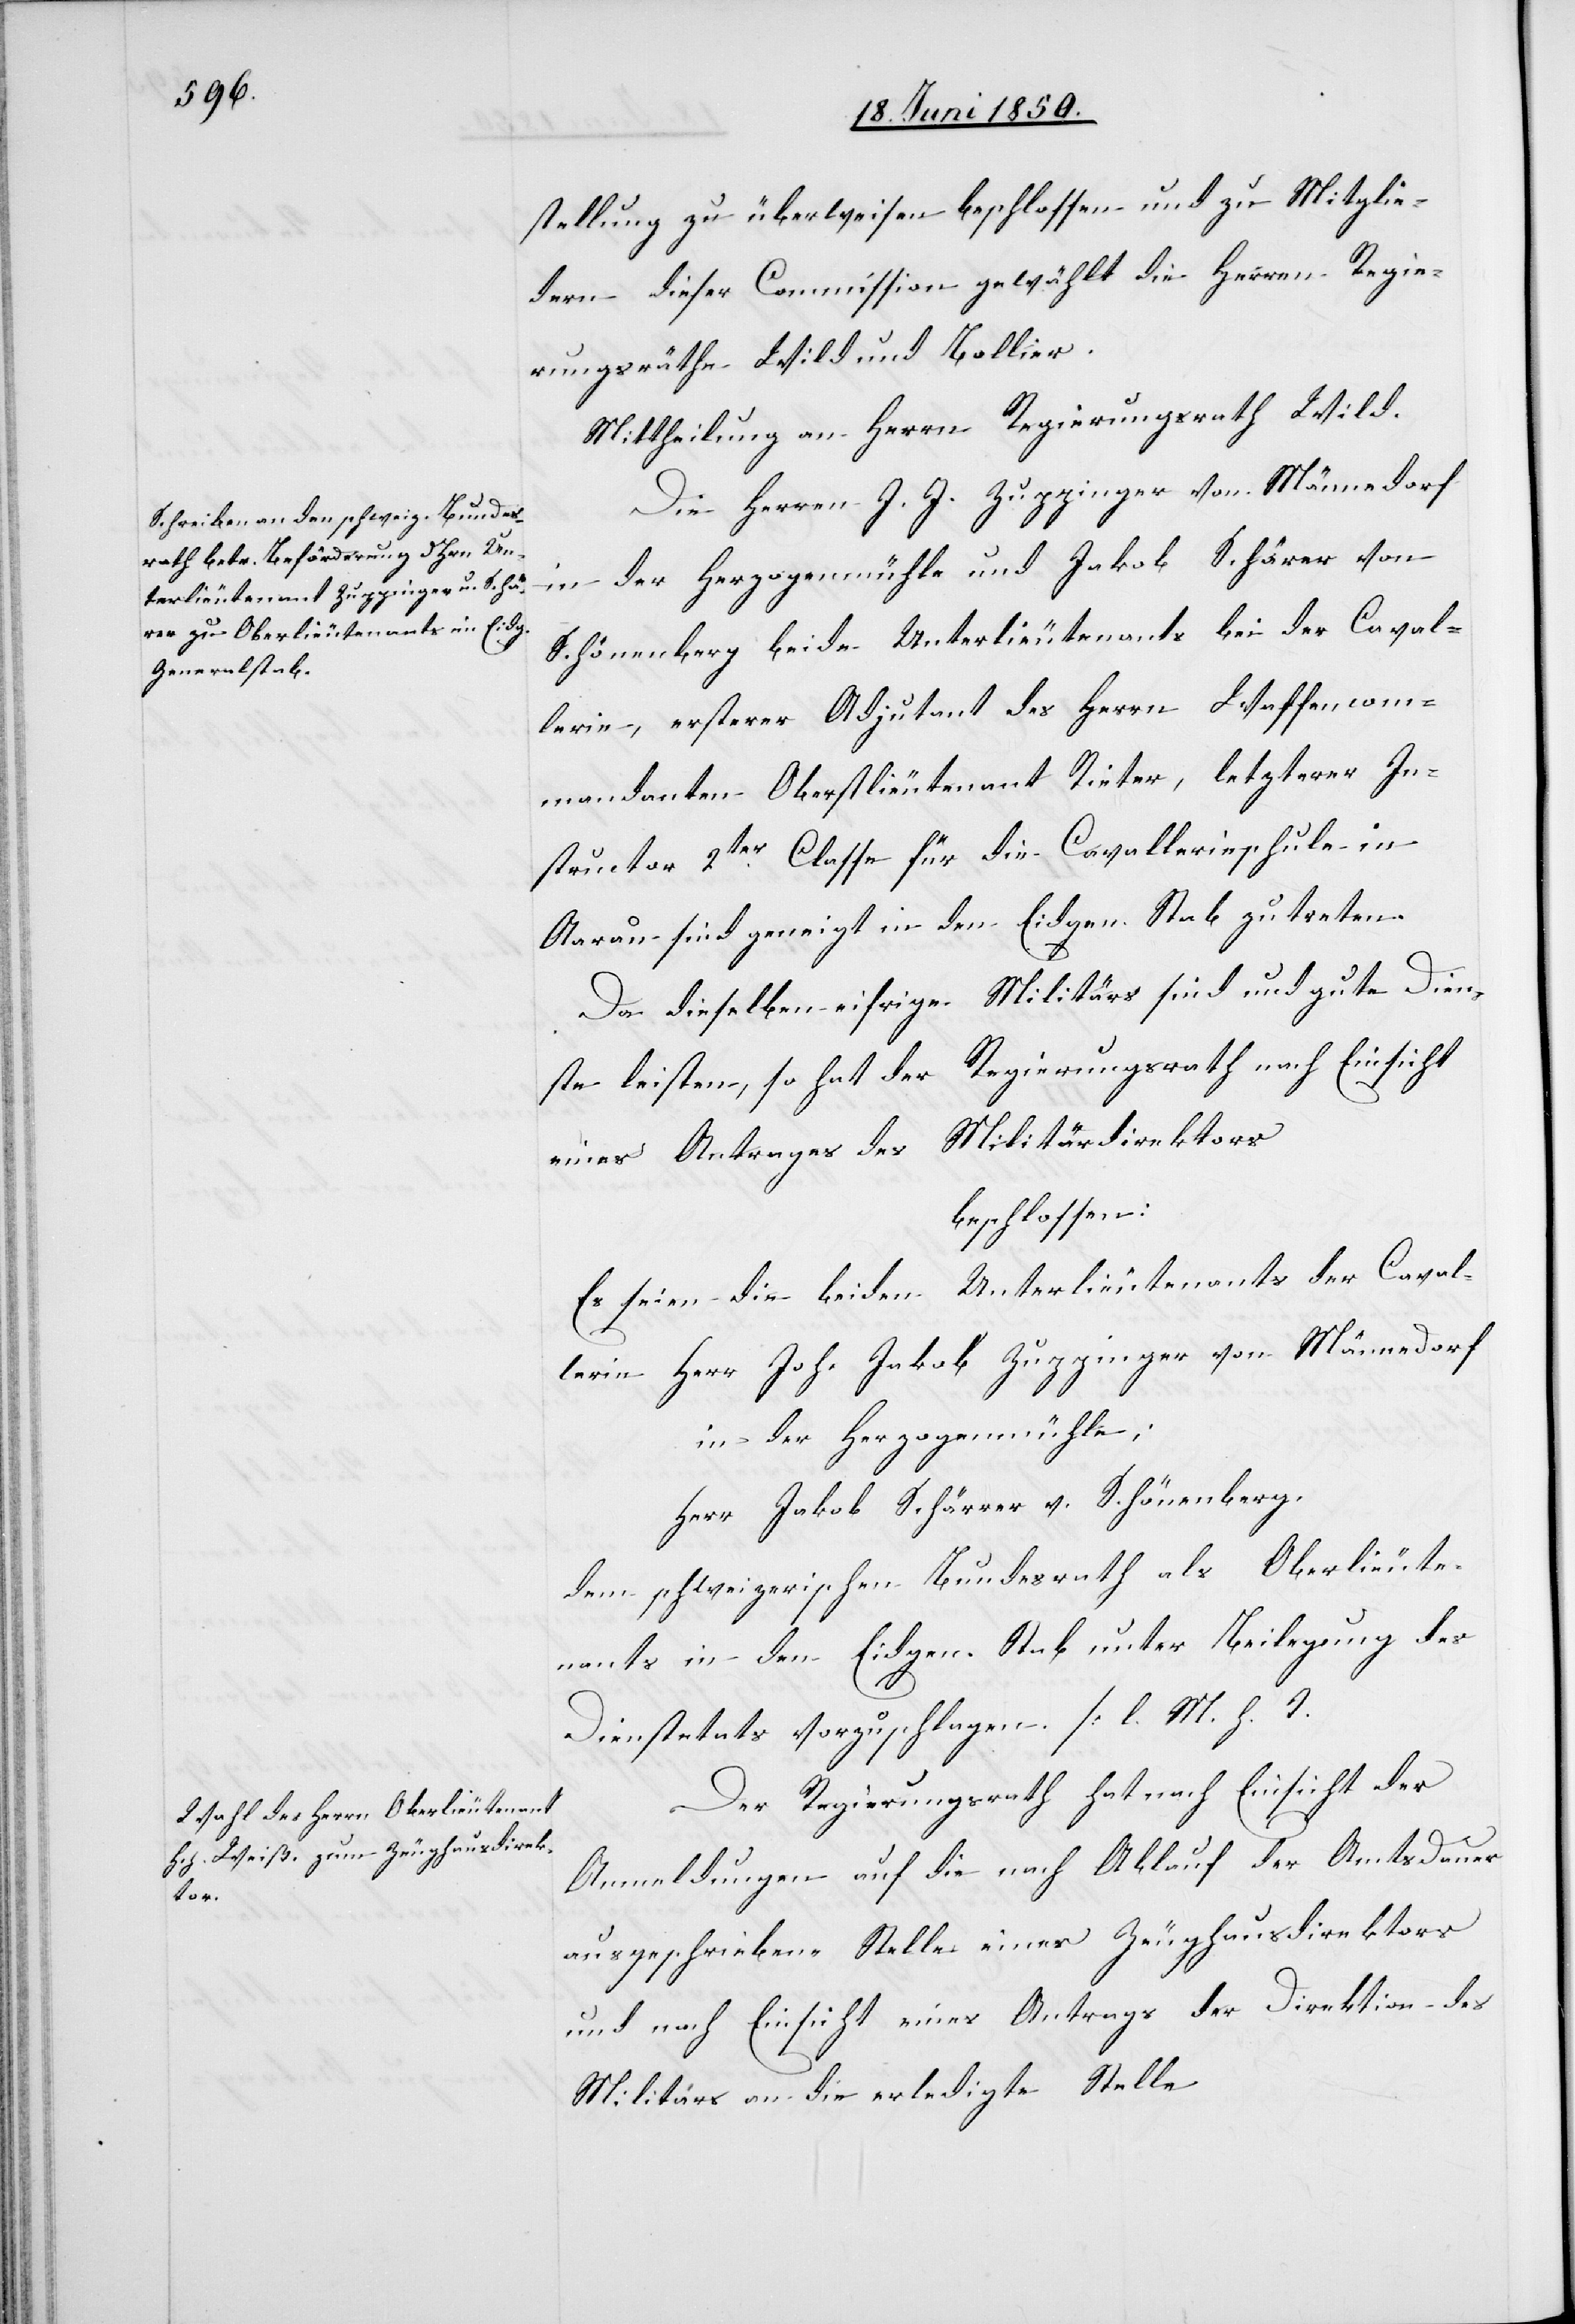
stellung zu überweisen beschlossen und zu Mitglie¬
dern dieser Commission gewählt die Herren Regie¬
rungsräthe Wild und Bollier.
Mittheilung an Herrn Regierungsrath Wild.
Die Herren J. J. Zuppinger von Männedorf
in der Herzogenmühle und Jakob Schärer von
Schönenberg beide Unterlieutenants bei der Caval¬
lerie, ersterer Adjutant des Herrn Waffencom¬
mandanten Oberstlieutenant Rieter, letzterer In¬
structor 2ter Classe für die Cavallerieschule in
Aarau sind geneigt in den Eidgen. Stab zu treten.
Da dieselben eifrige Militärs sind und gute Dien¬
ste leisten, so hat der Regierungsrath nach Einsicht
eines Antrages des Militärdirektors
beschlossen:
Es seien die beiden Unterlieutenants der Caval¬
lerie Herr Joh. Jakob Zuppinger von Männedorf
in der Herzogenmühle;
Herr Jakob Schärrer [sic!] v. Schönenberg.
dem schweizerischen Bundesrath als Oberlieute¬
nants in den Eidgen. Stab unter Beilegung der
Dienstetats vorzuschlagen. [l. M. h.
Der Regierungsrath hat nach Einsicht der
Anmeldungen auf die nach Ablauf der Amtsdauer
ausgeschriebene Stelle eines Zeughausdirektors
und nach Einsicht eines Antrags der Direktion des
Militärs an die erledigte Stelle